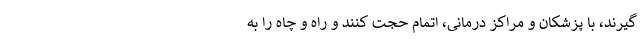
گیرند، با پزشکان و مراکز درمانی، اتمام حجت کنند و راه و چاه را به